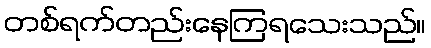
တစ်ရက်တည်းနေကြရသေးသည်။